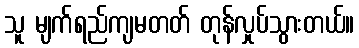
သူ မျက်ရည်ကျမတတ် တုန်လှုပ်သွားတယ်။